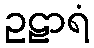
ဥဠာရံ